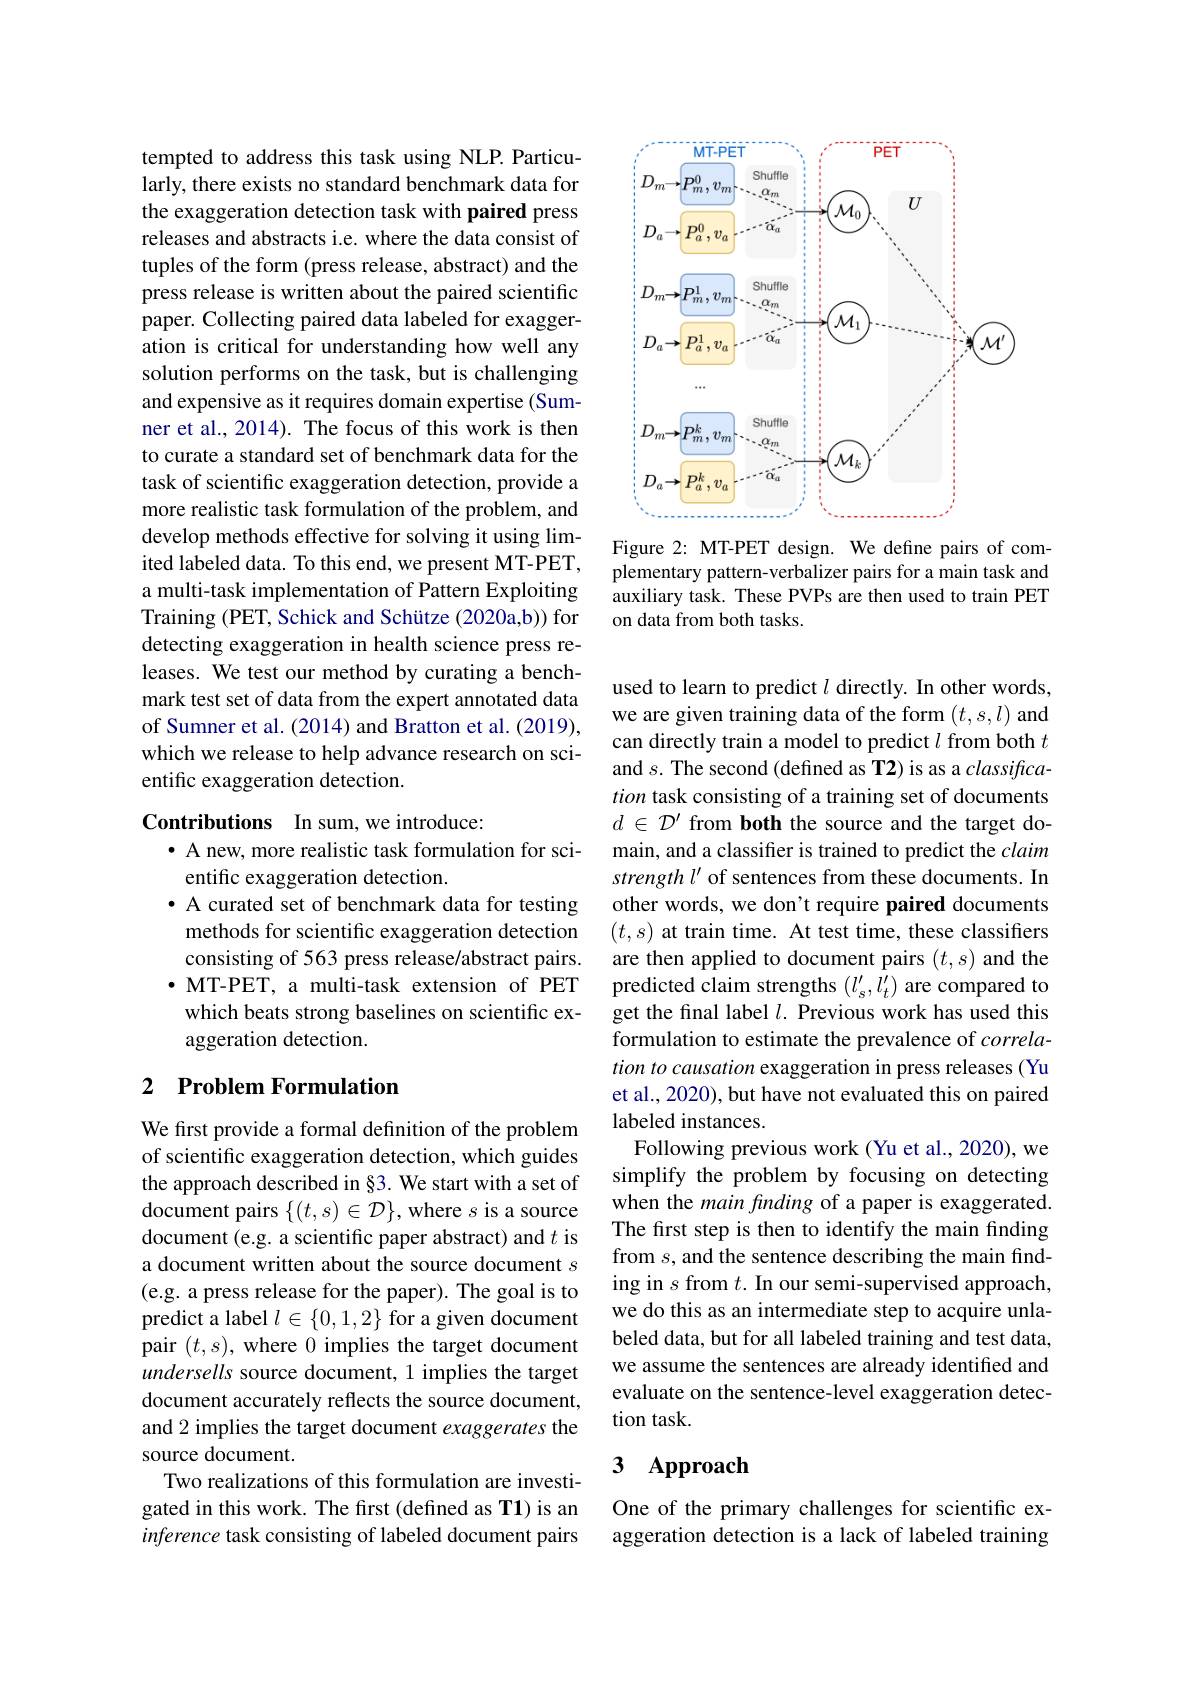
tempted to address this task using NLP. Particularly, there exists no standard benchmark data for the exaggeration detection task with paired press releases and abstracts i.e. where the data consist of tuples of the form (press release, abstract) and the press release is written about the paired scientific paper. Collecting paired data labeled for exaggeration is critical for understanding how well any solution performs on the task, but is challenging and expensive as it requires domain expertise (Sumner et al., 2014). The focus of this work is then to curate a standard set of benchmark data for the task of scientific exaggeration detection, provide a more realistic task formulation of the problem, and develop methods effective for solving it using limited labeled data. To this end, we present MT-PET, a multi-task implementation of Pattern Exploiting Training (PET, Schick and Schütze (2020a,b)) for detecting exaggeration in health science press releases. We test our method by curating a benchmark test set of data from the expert annotated data of Sumner et al. (2014) and Bratton et al. (2019), which we release to help advance research on scientific exaggeration detection.

Contributions In sum,we introduce:

· A new, more realistic task formulation for sci-
entific exaggeration detection.
· A curated set of benchmark data for testing methods for scientific exaggeration detection consisting of 563 press release/abstract pairs. $\bullet$ MT-PET, a multi-task extension of PET which beats strong baselines on scientific exaggeration detection.

## 2 Problem Formulation

We first provide a formal definition of the problem of scientific exaggeration detection, which guides the approach described in §3. We start with a set of document pairs $\{(t,s)\in\mathcal{D}\}$, where $s$ is a source document (e.g. a scientific paper abstract) and $t$ is a document written about the source document $s$ (e.g. a press release for the paper). The goal is to predict a label $l\in\{0,1,2\}$ for a given document pair $(t,s)$, where 0 implies the target document undersells source document, 1 implies the target document accurately reflects the source document, and 2 implies the target document exaggerates the source document.
Two realizations of this formulation are investigated in this work. The first (defined as T1) is an inference task consisting of labeled document pairs

<FigureHere>

Figure 2: MT-PET design. We define pairs of complementary pattern-verbalizer pairs for a main task and auxiliary task. These PVPs are then used to train PET on data from both tasks.

used to learn to predict $l$ directly. In other words, we are given training data of the form $(t,s,l)$ and can directly train a model to predict $l$ from both $t$ and $s.$ The second (defined as T2) is as a $classifica-$ tion task consisting of a training set of documents $d\in\mathcal{D}^{\prime}$ from both the source and the target domain, and a classifier is trained to predict the claim strength l' of sentences from these documents. In other words, we don't require paired documents $(t,s)$ at train time. At test time, these classifiers are then applied to document pairs $(t,s)$ and the predicted claim strengths $(l_s^{\prime},l_t^{\prime})$ are compared to get the final label $l.$ Previous work has used this formulation to estimate the prevalence of $correla-$ tion to causation exaggeration in press releases (Yu et al., 2020), but have not evaluated this on paired labeled instances.
Following previous work (Yu et al., 2020), we simplify the problem by focusing on detecting when the main fnding of a paper is exaggerated. The first step is then to identify the main finding from $s$,and the sentence describing the main finding in $s$ from $t.$ In our semi-supervised approach, we do this as an intermediate step to acquire unlabeled data, but for all labeled training and test data, we assume the sentences are already identified and evaluate on the sentence-level exaggeration detection task.

# 3 Approach

One of the primary challenges for scientific exaggeration detection is a lack of labeled training